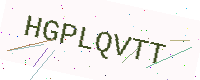
Text: HGPLQVTT